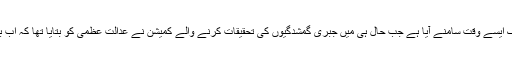
لاہور سے سماجی کارکن کی مبینہ گمشدگی کا یہ واقعہ ایک ایسے وقت سامنے آیا ہے جب حال ہی میں جبری گمشدگیوں کی تحقیقات کرنے والے کمیشن نے عدالت عظمیٰ کو بتایا تھا کہ اب بھی ملک میں 1498 لاپتا افراد کے کیسز حل ہونا باقی ہیں۔